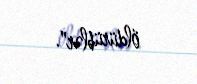
öldürüblər".